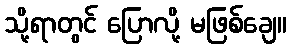
သို့ရာတွင် ပြောလို့ မဖြစ်ချေ။